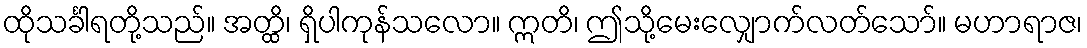
ထိုသင်္ခါရတို့သည်။ အတ္ထိ၊ ရှိပါကုန်သလော။ ဣတိ၊ ဤသို့မေးလျှောက်လတ်သော်။ မဟာရာဇ၊